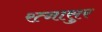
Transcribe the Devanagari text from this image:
रत्‍नासुर